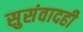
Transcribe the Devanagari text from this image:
सुसंवादही